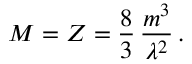
M = { \cal Z } = \frac { 8 } { 3 } \, \frac { m ^ { 3 } } { \lambda ^ { 2 } } \, .